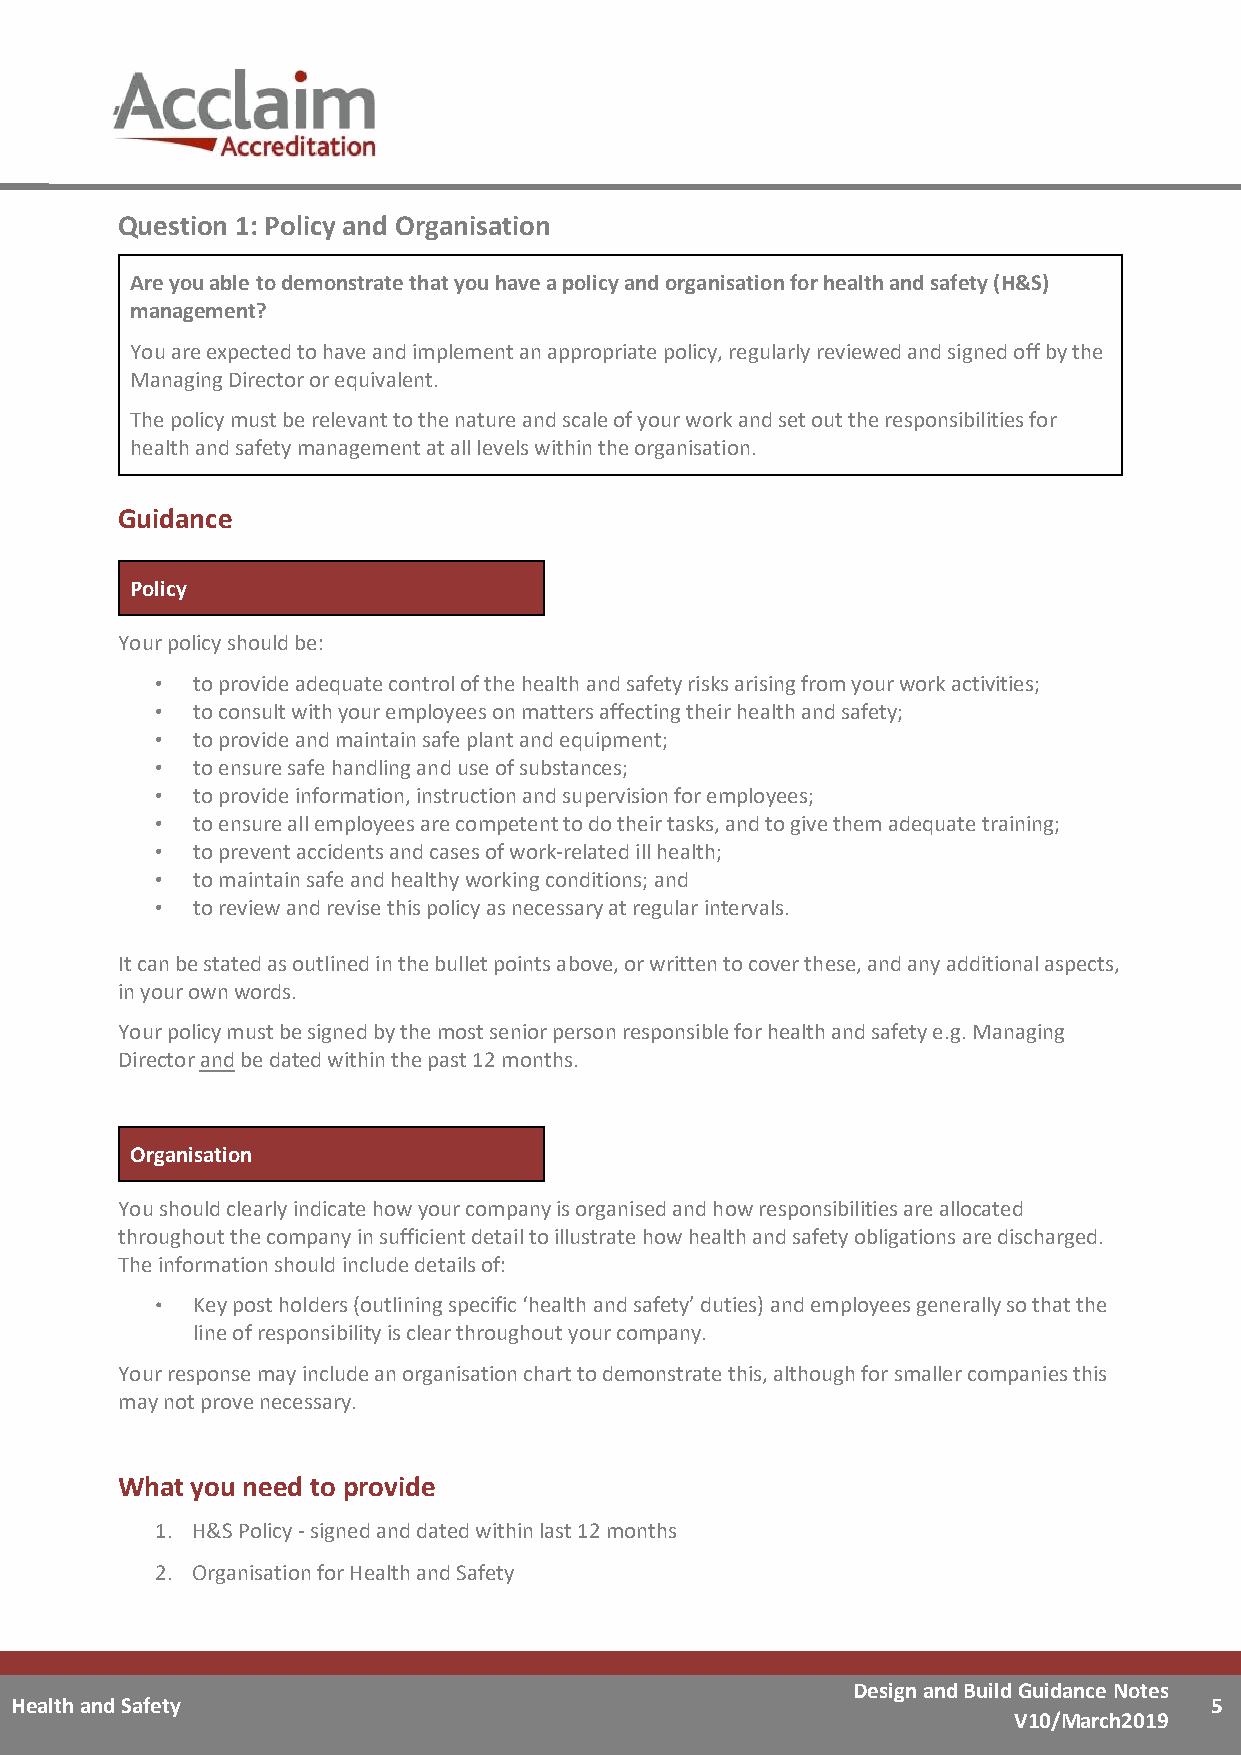
Question 1: Policy and Organisation
 Are you able to demonstrate that you have a policy and organisation for health and safety (H&S)
 management?
 You are expected to have and implement an appropriate policy, regularly reviewed and signed off by the
 Managing Director or equivalent.
 The policy must be relevant to the nature and scale of your work and set out the responsibilities for
 health and safety management at all levels within the organisation.
 Guidance
 Policy
 Your policy should be:
 to provide adequate control of the health and safety risks arising from your work activities;
 to consult with your employees on matters affecting their health and safety;
 to provide and maintain safe plant and equipment;
 to ensure safe handling and use of substances;
 to provide information, instruction and supervision for employees;
 to ensure all employees are competent to do their tasks, and to give them adequate training;
 to prevent accidents and cases of work-related ill health;
 to maintain safe and healthy working conditions; and
 to review and revise this policy as necessary at regular intervals.
 It can be stated as outlined in the bullet points above, or written to cover these, and any additional aspects,
 in your own words.
 Your policy must be signed by the most senior person responsible for health and safety e.g. Managing
 Director and be dated within the past 12 months.
 Organisation
 You should clearly indicate how your company is organised and how responsibilities are allocated
 throughout the company in sufficient detail to illustrate how health and safety obligations are discharged.
 The information should include details of:
 Key post holders (outlining specific ‘health and safety’ duties) and employees generally so that the
 line of responsibility is clear throughout your company.
 Your response may include an organisation chart to demonstrate this, although for smaller companies this
 may not prove necessary.
 What you need to provide
 1. H&S Policy - signed and dated within last 12 months
 2. Organisation for Health and Safety
 Design and Build Guidance Notes
 Health and Safety                                                              5
 V10/March2019